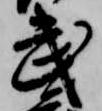
武